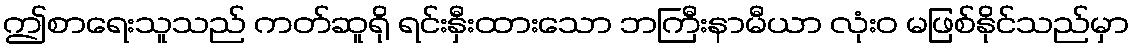
ဤစာရေးသူသည် ကတ်ဆူရို ရင်းနှီးထားသော ဘကြီးနာမီယာ လုံးဝ မဖြစ်နိုင်သည်မှာ